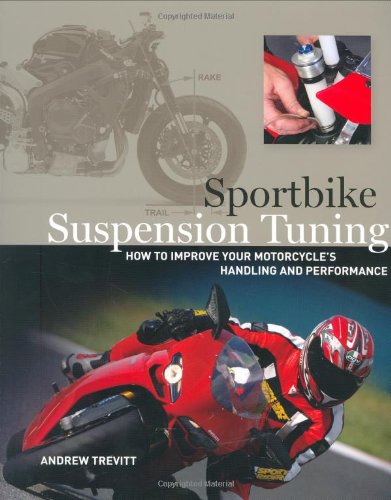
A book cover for Sportbike Suspension Tuning; Andrew Trevitt; Engineering & Transportation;